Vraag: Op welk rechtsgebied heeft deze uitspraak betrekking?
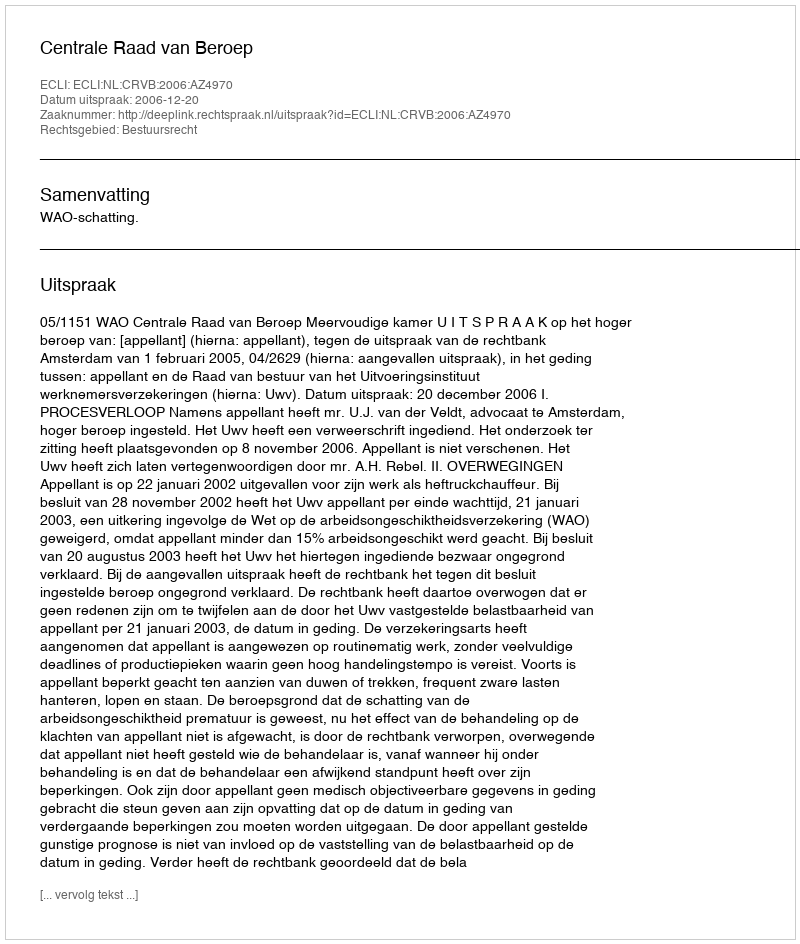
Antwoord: Bestuursrecht